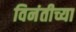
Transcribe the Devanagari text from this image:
विनंतीच्या